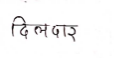
मजकूर: दिलदार